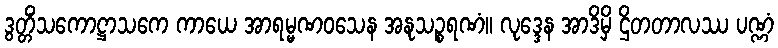
ဒွတ္တိံသကောဋ္ဌာသကေ ကာယေ အာရမ္မဏဝသေန အနုသဉ္စရဏံ။ လုဒ္ဒေန အာဒိမှိ ဌိတတာလဿ ပဏ္ဏံ